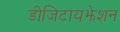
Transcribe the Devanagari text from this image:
डीजिटायझेशन